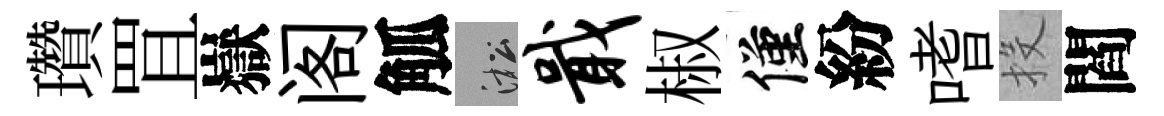
瓚罝嶽阁觚淞戢椒僅紛嗜投閻